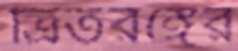
ত্রিতরঙ্গের